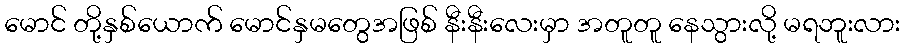
မောင် တို့နှစ်ယောက် မောင်နှမတွေအဖြစ် နီးနီးလေးမှာ အတူတူ နေသွားလို့ မရဘူးလား